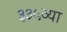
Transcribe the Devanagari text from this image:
३३५व्या